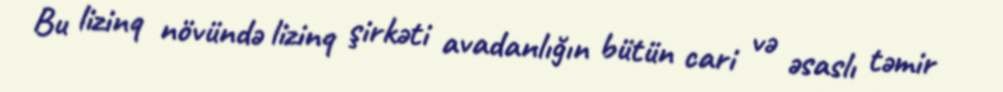
Bu lizinq növündə lizinq şirkəti avadanlığın bütün cari və əsaslı təmir